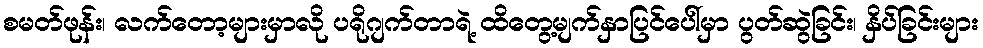
စမတ်ဖုန်း၊ လက်တော့များမှာလို ပရိုဂျက်တာရဲ့ ထိတွေ့မျက်နှာပြင်ပေါ်မှာ ပွတ်ဆွဲခြင်း၊ နှိပ်ခြင်းများ